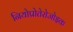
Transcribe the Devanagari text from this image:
नियोप्रोतेरोजोइक